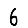
Digit: 6